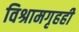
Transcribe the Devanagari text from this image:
विश्रामगृहही